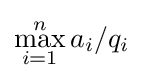
\max _{i=1}^{n}a_{i}/q_{i}